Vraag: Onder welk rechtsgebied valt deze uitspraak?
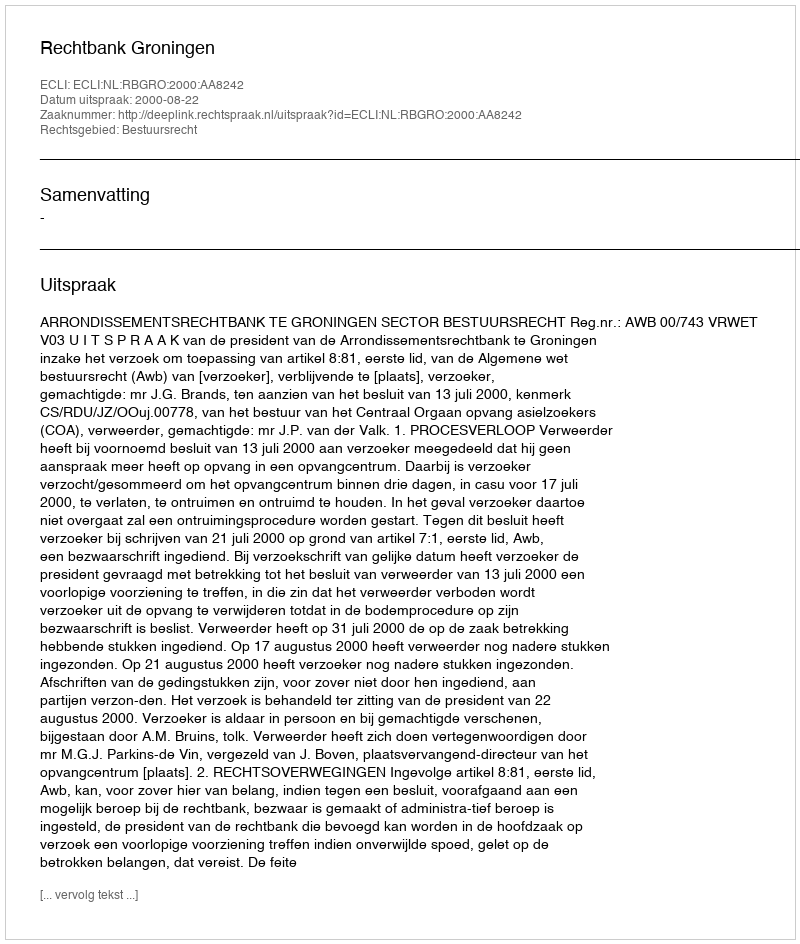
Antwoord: Bestuursrecht